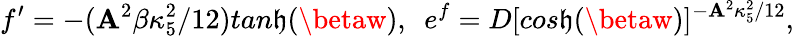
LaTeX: f^{\prime}=-(\mathbf{A}^{2}\beta\kappa_{5}^{2}/12)tan\mathfrak{h}(\betaw),~~e^{f}=D[cos\mathfrak{h}(\betaw)]^{-\mathbf{A}^{2}\kappa_{5}^{2}/12},